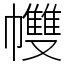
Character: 𢅻